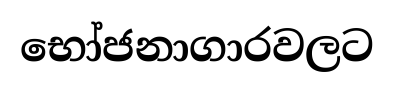
භෝජනාගාරවලට